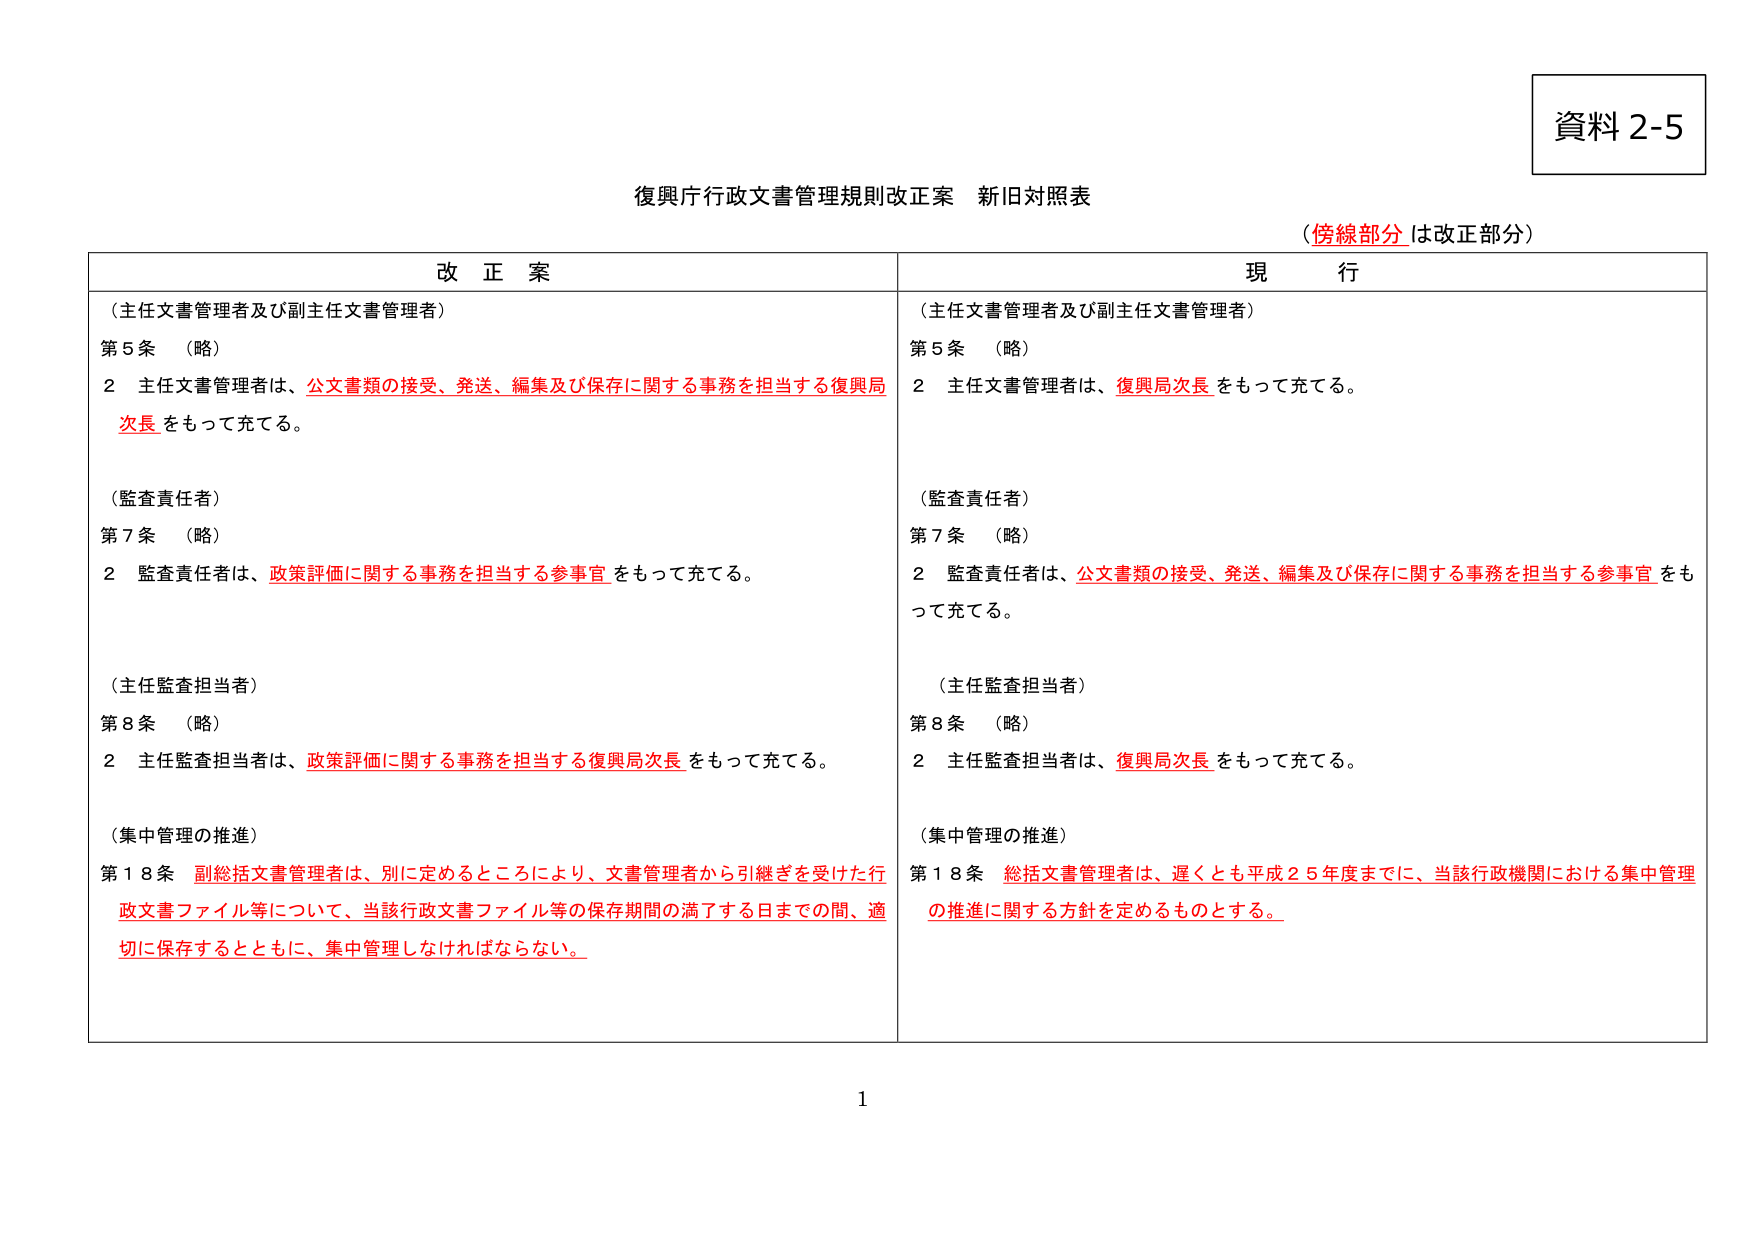
資料 2-5

復興庁行政文書管理規則改正案 新旧対照表
（傍線部分は改正部分）

改正案　　　　　　　　　　　　　　　　　　　　　　　　　　　　　　　現行

（主任文書管理者及び副主任文書管理者）
第5条　（略）
2　主任文書管理者は、公文書類の接受、発送、編集及び保存に関する事務を担当する復興局次長をもって充てる。

（監査責任者）
第7条　（略）
2　監査責任者は、政策評価に関する事務を担当する参事官をもって充てる。

（主任監査担当者）
第8条　（略）
2　主任監査担当者は、政策評価に関する事務を担当する復興局次長をもって充てる。

（集中管理の推進）
第18条　副総括文書管理者は、別に定めるところにより、文書管理者から引継ぎを受けた行政文書ファイル等について、当該行政文書ファイル等の保存期間の満了する日までの間、適切に保存するとともに、集中管理しなければならない。

（主任文書管理者及び副主任文書管理者）
第5条　（略）
2　主任文書管理者は、復興局次長をもって充てる。

（監査責任者）
第7条　（略）
2　監査責任者は、公文書類の接受、発送、編集及び保存に関する事務を担当する参事官をもって充てる。

（主任監査担当者）
第8条　（略）
2　主任監査担当者は、復興局次長をもって充てる。

（集中管理の推進）
第18条　総括文書管理者は、遅くとも平成25年度までに、当該行政機関における集中管理の推進に関する方針を定めるものとする。

1